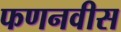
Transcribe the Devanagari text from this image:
फणनवीस